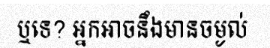
ឬទេ? អ្នកអាចនឹងមានចម្ងល់